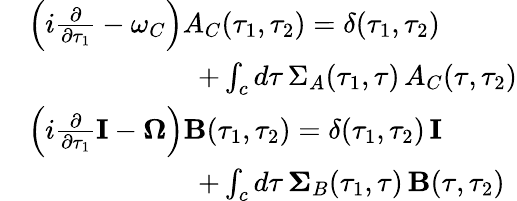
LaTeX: \begin{array}{rl}&{\left(i\frac{\partial}{\partial\tau_{1}}-\omega_{C}\right)A_{C}(\tau_{1},\tau_{2})=\delta(\tau_{1},\tau_{2})}\\ &{\qquad\qquad\qquad+\int_{c}d\tau\, \Sigma_{A}(\tau_{1},\tau)\, A_{C}(\tau,\tau_{2})}\\ &{\left(i\frac{\partial}{\partial\tau_{1}}\mathbf{I}-\mathbf{\Omega}\right)\mathbf{B}(\tau_{1},\tau_{2})=\delta(\tau_{1},\tau_{2})\, \mathbf{I}}\\ &{\qquad\qquad\qquad+\int_{c}d\tau\, \mathbf{\Sigma}_{B}(\tau_{1},\tau)\, \mathbf{B}(\tau,\tau_{2})}\end{array}